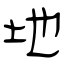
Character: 地